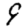
Digit: 9